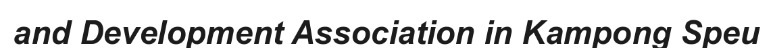
and Development Association in Kampong Speu